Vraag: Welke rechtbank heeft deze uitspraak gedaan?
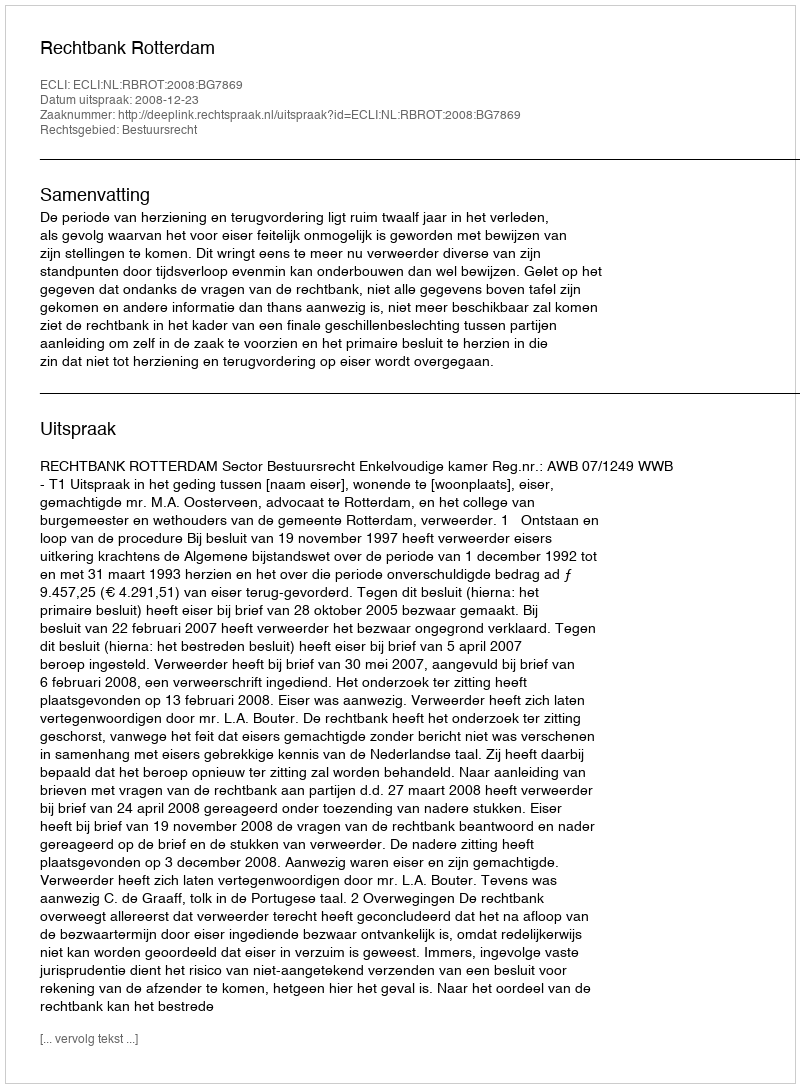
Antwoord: Rechtbank Rotterdam